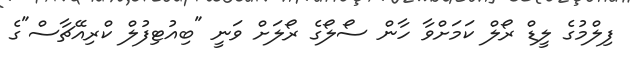
ފިލްމުގެ ލީޑް ރޯލް ކަމަށްވާ ހާން ސޯލޯގެ ރޯލަށް ވަނީ "ބިއުޓިފުލް ކްރިއޭޗާސް"ގެ